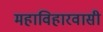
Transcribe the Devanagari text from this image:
महाविहारवासी